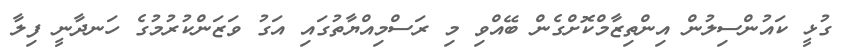
ގުޅީ ކައުންސިލުން އިންތިޒާމްކޮށްގެން ބޭއްވި މި ރަސްމިއްޔާތުގައި އަގު ވަޒަންކުރުމުގެ ހަނދާނީ ފިލާ